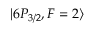
\lvert 6 P _ { 3 / 2 } , F = 2 \rangle